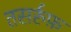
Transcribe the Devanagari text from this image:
तसर्रुफ़